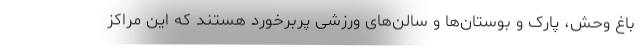
باغ وحش، پارک و بوستان‌ها و سالن‌های ورزشی پربرخورد هستند که این مراکز